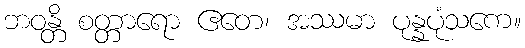
ဘဝန္တိ စတ္တာရော ဧတေ၊ အဿမာ ပုန္နပုံသကေ။